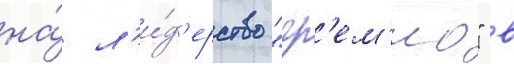
на́ л'и́д'ерство "гр'ем'ио" в